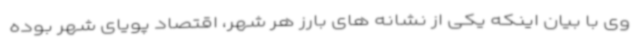
وی با بیان اینکه یکی از نشانه های بارز هر شهر، اقتصاد پویای شهر بوده